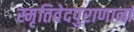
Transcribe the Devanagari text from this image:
स्मृतिवेदपुराणानां